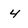
Character: 4